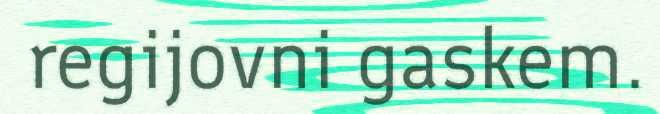
regijovni gaskem.